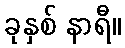
ခုနှစ် နာရီ။